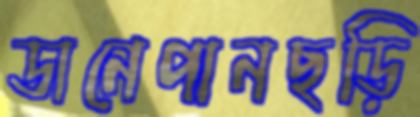
ডানেপানছড়ি